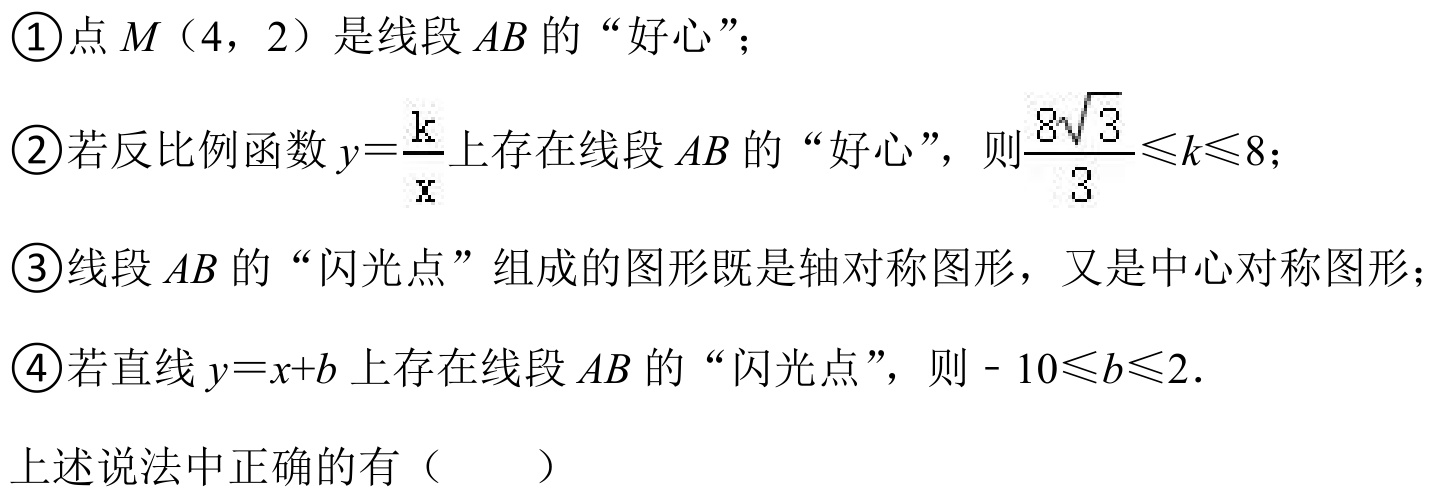
\textcircled{1}点\(M\)（\(4\)，\(2\)）是线段\(AB\)的“好心”；
\textcircled{2}若反比例函数\(y = \frac{k}{x}\)上存在线段\(AB\)的“好心”，则\(\frac{8\sqrt{3}}{3} \leq k \leq 8\)；
\textcircled{3}线段\(AB\)的“闪光点”组成的图形既是轴对称图形，又是中心对称图形；
\textcircled{4}若直线\(y = x + b\)上存在线段\(AB\)的“闪光点”，则\(-10 \leq b \leq 2\)．
上述说法中正确的有（  ）